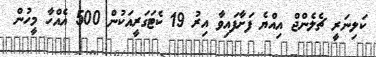
ކަލިނަރީ ޗެލެންޖް އިއްޔެ ފަށާފައިވާ އިރު 19 ކެޓަގަރީއަކުން 500 އެއްހާ މީހުން